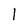
Character: 1